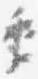
季